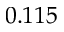
0 . 1 1 5